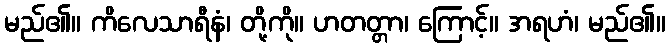
မည်၏။ ကိလေသာရီနံ၊ တို့ကို။ ဟတတ္တာ၊ ကြောင့်။ အရဟံ၊ မည်၏။